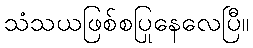
သံသယဖြစ်စပြုနေလေပြီ။